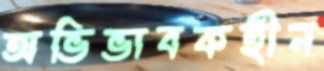
অভিভাবকহীন